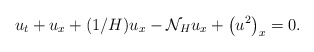
\begin{align*}u_t+u_x+(1/H)u_x-\mathcal{N}_Hu_x+\left(u^2\right)_x=0.\end{align*}